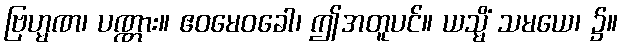
ဗြဟ္မဏ၊ ပဏ္ဏား။ ဧဝမေဝခေါ၊ ဤအတူပင်။ ယသ္မိံ သမယေ၊ ၌။